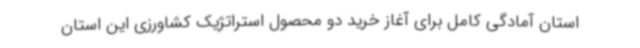
استان آمادگی کامل برای آغاز خرید دو محصول استراتژیک کشاورزی این استان